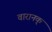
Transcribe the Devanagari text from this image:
वारानक्